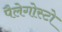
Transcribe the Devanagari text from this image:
पैलेगोस्टो